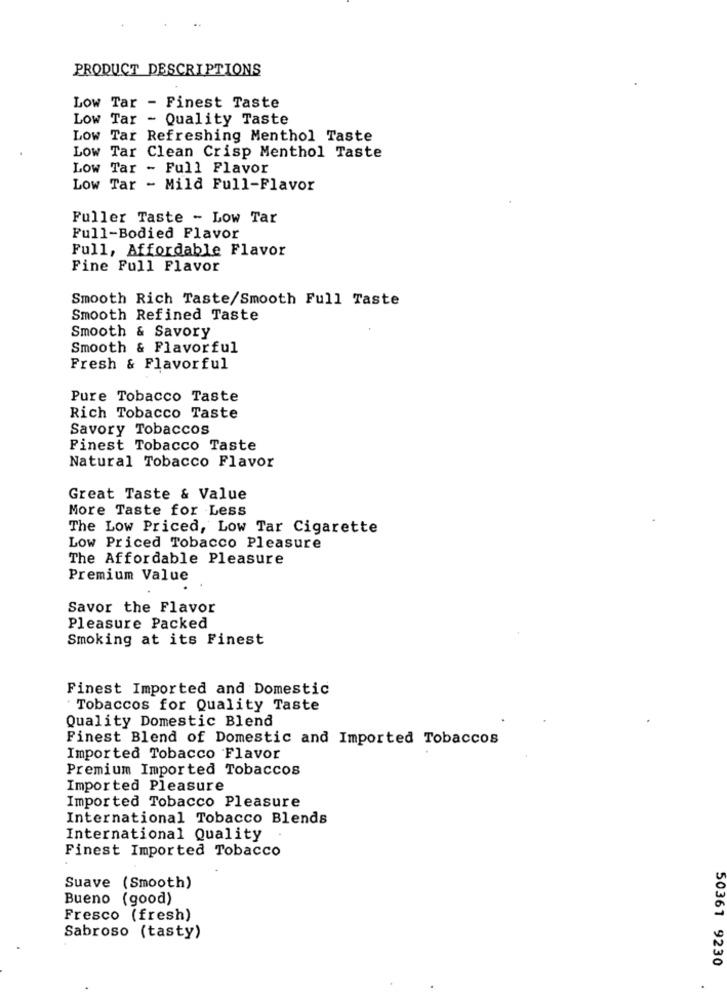
PRODUCT DESCRIPTIONS
Low Tar - Finest Taste
Low Tar - Quality Taste
Low Tar Refreshing Menthol Taste
Low Tar Clean Crisp Menthol Taste
Low Tar - Full Flavor
Low Tar - Mild Full-Flavor
Fuller Taste - Low Tar
Full-Bodied Flavor
Full, Affordable Flavor
Fine Full Flavor
Smooth Rich Taste/Smooth Full Taste
Smooth Refined Taste
Smooth & Savory
Smooth & Flavorful
Fresh & Flavorful
Pure Tobacco Taste
Rich Tobacco Taste
Savory Tobaccos
Finest Tobacco Taste
Natural Tobacco Flavor
Great Taste & Value
More Taste for Less
The Low Priced, Low Tar Cigarette
Low Priced Tobacco Pleasure
The Affordable Pleasure
Premium Value
Savor the Flavor
Pleasure Packed
Smoking at its Finest
Finest Imported and Domestic
Tobaccos for Quality Taste
Quality Domestic Blend
Finest Blend of Domestic and Imported Tobaccos
Imported Tobacco Flavor
Premium Imported Tobaccos
Imported Pleasure
Imported Tobacco Pleasure
International Tobacco Blends
International Quality
Finest Imported Tobacco
Suave (Smooth)
Bueno (good)
Fresco (fresh)
Sabroso (tasty)
50361 9230